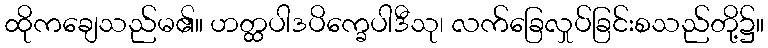
ထိုကချေသည်မ၏။ ဟတ္ထပါဒပိက္ခေပါဒီသု၊ လက်ခြေလှုပ်ခြင်းစသည်တို့၌။